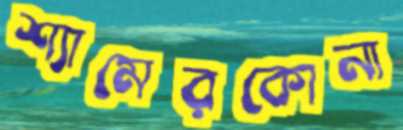
শ্যামেরকোনা